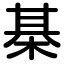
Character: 棊